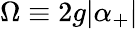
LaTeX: \Omega\equiv 2g|\alpha_{+}|